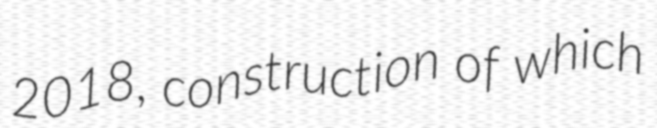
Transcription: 2018, construction of which